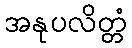
အနုပလိတ္တံ